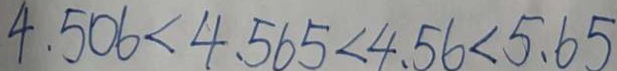
4 . 5 0 6 < 4 . 5 6 5 < 4 . 5 6 < 5 . 6 5